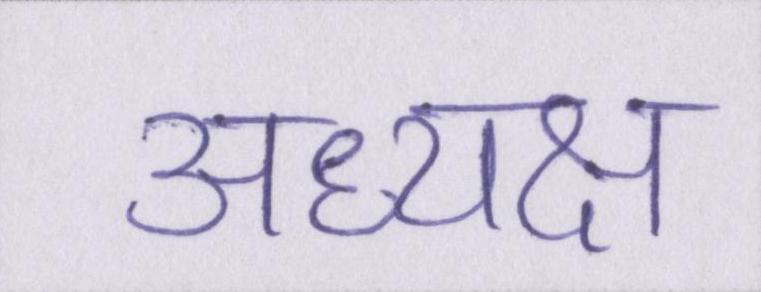
अध्यक्ष